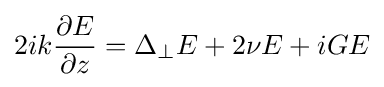
2ik{\frac {\partial E}{\partial z}}=\Delta _{\perp }E+2\nu E+iGE